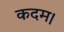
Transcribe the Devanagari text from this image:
कदम।